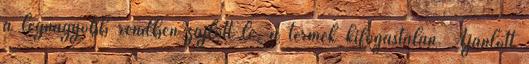
a legnagyobb rendben zajlott le, a termek kifogastalan. Ajanlott